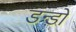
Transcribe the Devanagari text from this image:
डन्डों